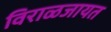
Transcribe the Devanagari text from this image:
विराळजायत